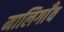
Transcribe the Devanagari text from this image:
मालिगाँव